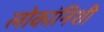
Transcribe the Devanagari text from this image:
लोकांनिशी